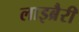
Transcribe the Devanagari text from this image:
लाइब्रैरी